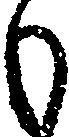
も